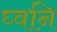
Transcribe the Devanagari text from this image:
घ्वनि